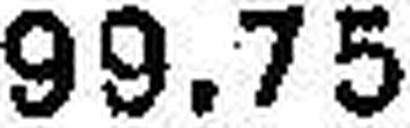
99.75